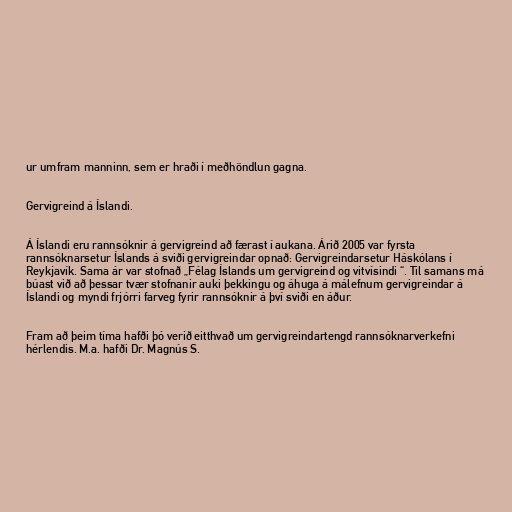
ur umfram manninn, sem er hraði í meðhöndlun gagna.

Gervigreind á Íslandi.

Á Íslandi eru rannsóknir á gervigreind að færast í aukana. Árið 2005 var fyrsta
rannsóknarsetur Íslands á sviði gervigreindar opnað: Gervigreindarsetur Háskólans í
Reykjavík. Sama ár var stofnað „Félag Íslands um gervigreind og vitvísindi “. Til samans má
búast við að þessar tvær stofnanir auki þekkingu og áhuga á málefnum gervigreindar á
Íslandi og myndi frjórri farveg fyrir rannsóknir á því sviði en áður.

Fram að þeim tíma hafði þó verið eitthvað um gervigreindartengd rannsóknarverkefni
hérlendis. M.a. hafði Dr. Magnús S.